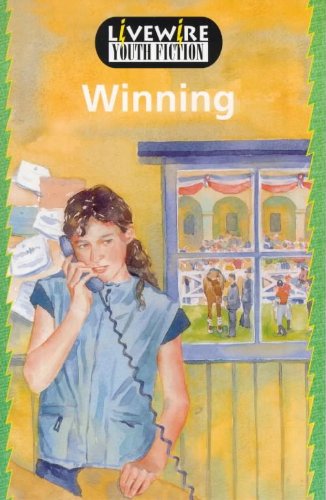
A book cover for Livewire: Youth Fiction; Iris Howden; Teen & Young Adult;